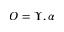
O = \Upsilon , \alpha